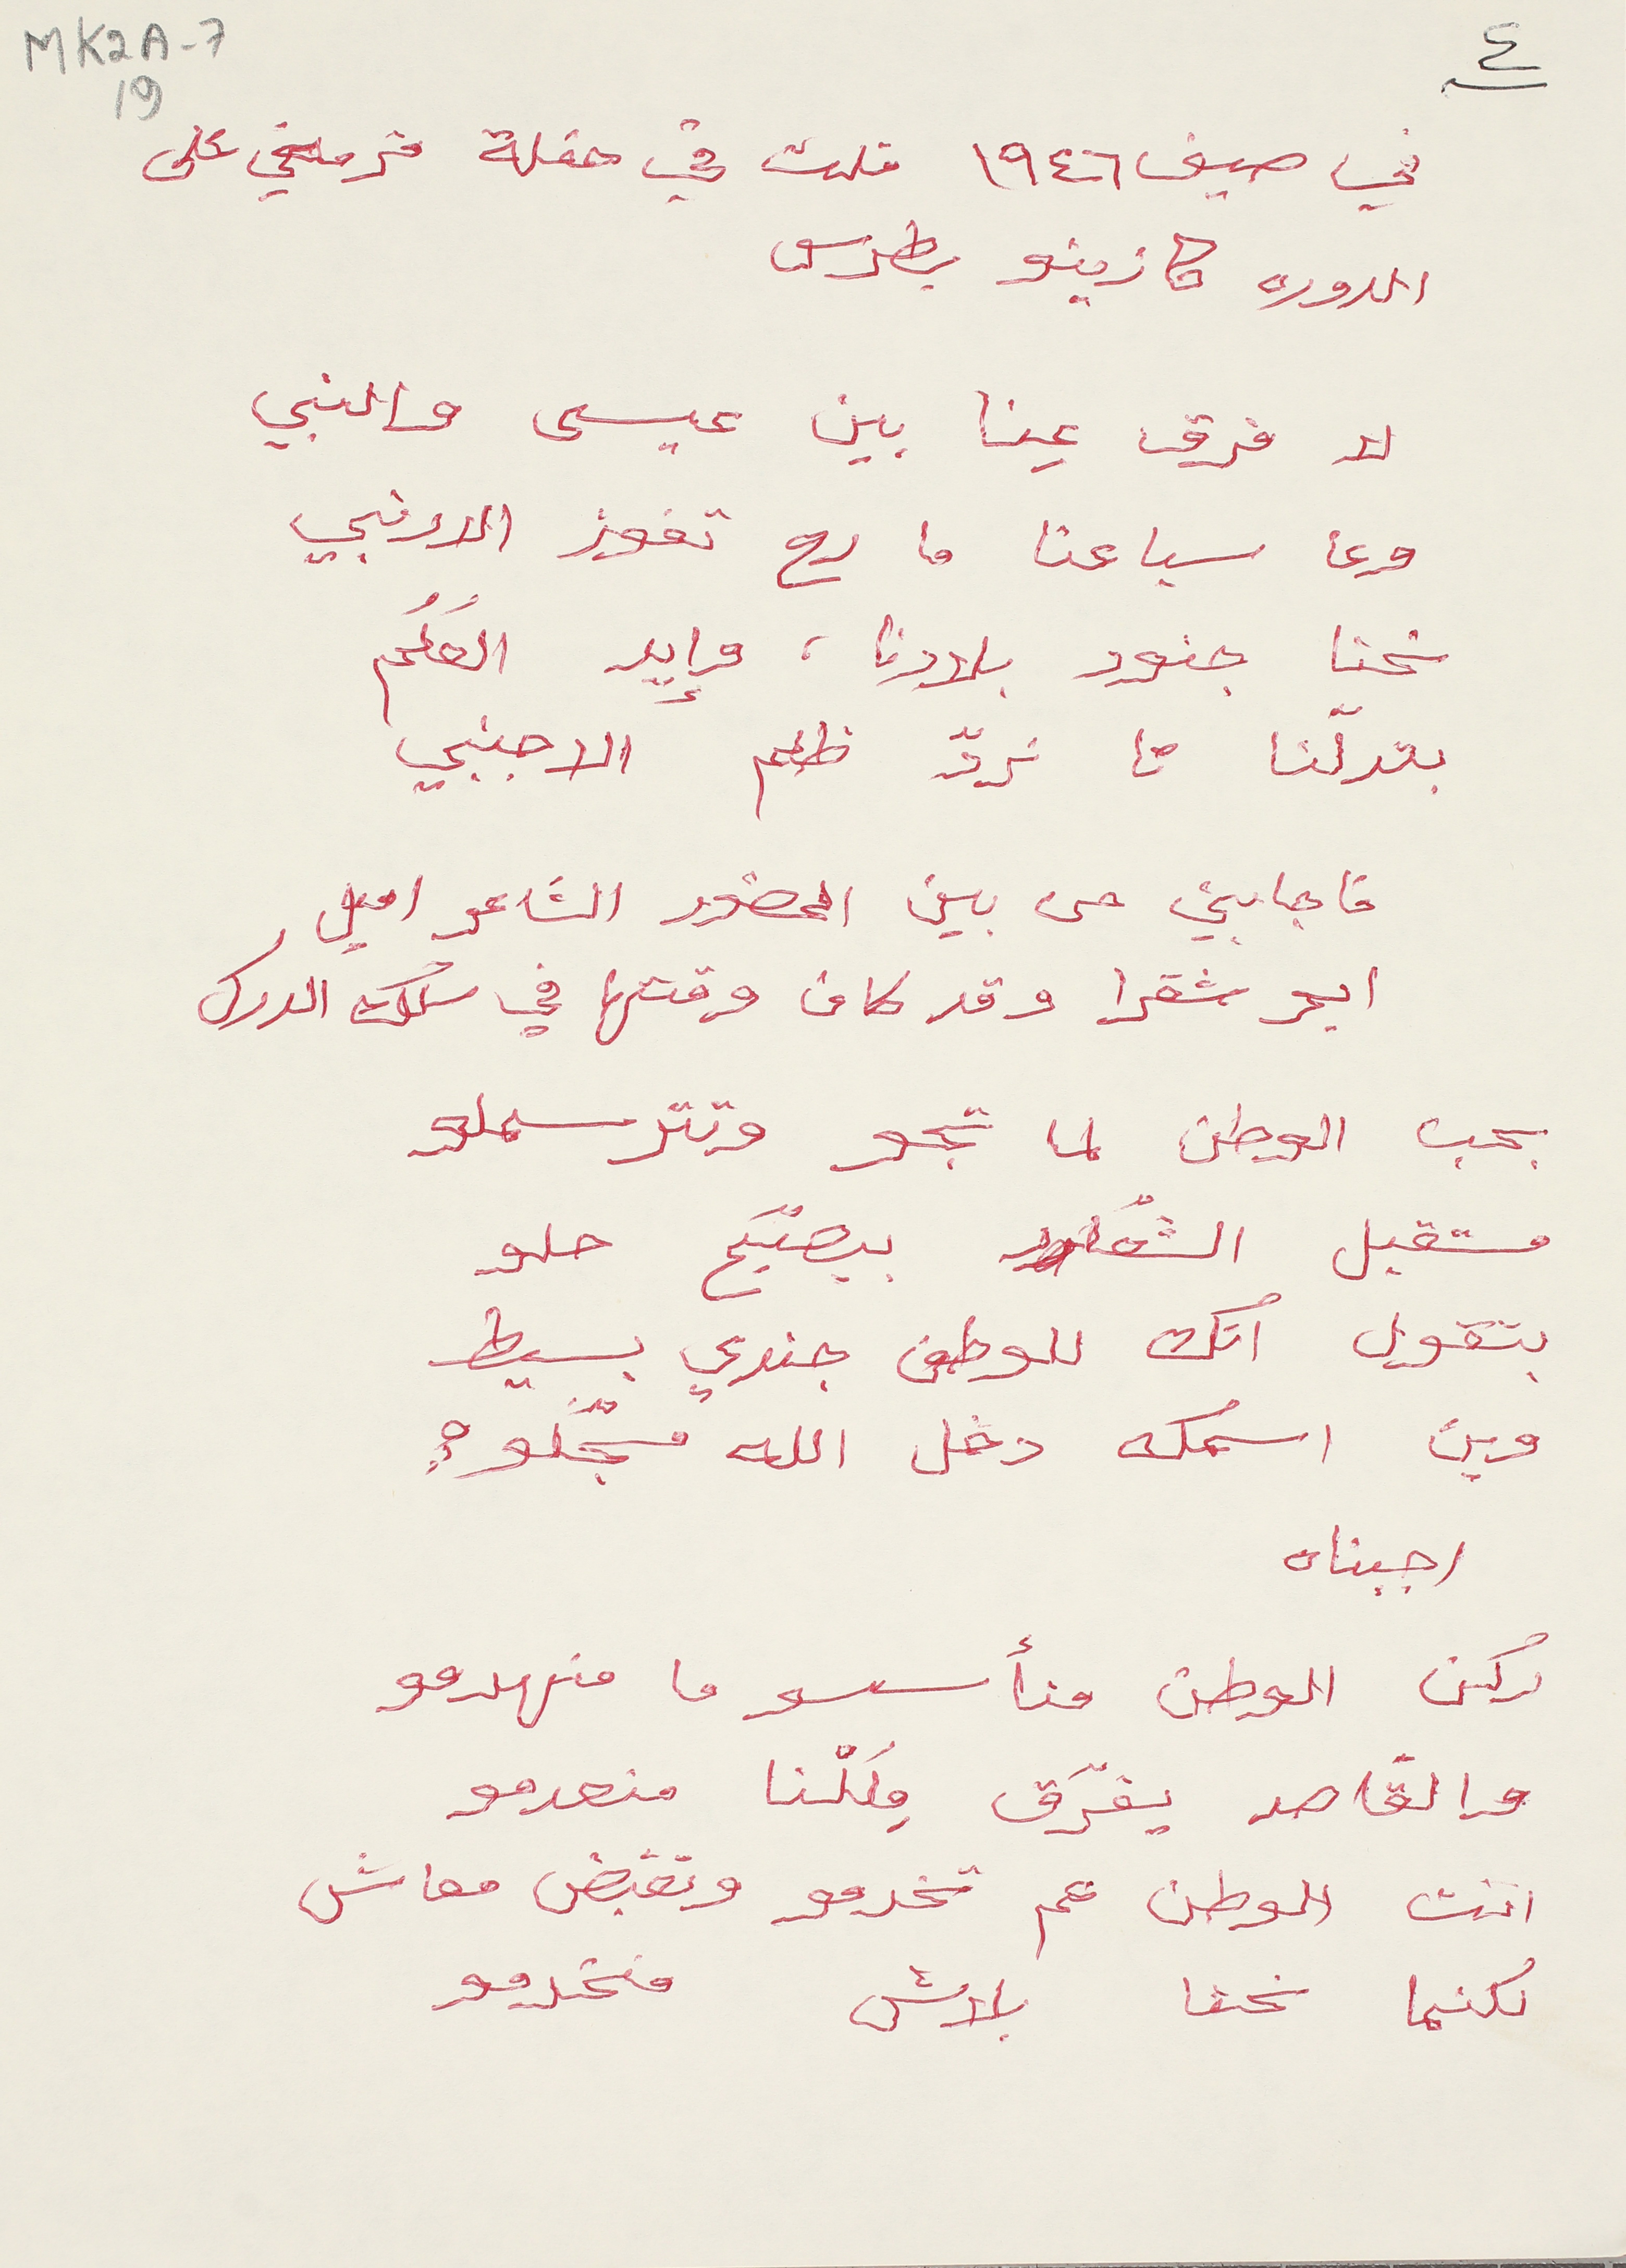
MK2A-7 19
في صيف ١٩٤٦ قلت في حفلة فرقتي على
الدوره كازينو بطرس
لا فرق عِنا بين عيسى والنبي
وعا سباعنا ما رح تفوز الارنبي
نحنا جنود بلادنا، وإيد العَلَم
بعدلَنا تا نردّ ظلم الاجنبي
فاجابني من بين الحضور الشاعر اميل
ابو شقرا وقد كان وقتها في سلك الدرك
بحب الوطن لما تجو وتترسملو
مستقبل الشعر بيصبّح حلو
بتقول انك للوطن جندي بسيط
وين اسمك دخل الله مسجّلو؟
اجبناه
ركن الوطن منأسسو ما منهدمو
والقاصد يفرّق مِلكنا منعدمو
انت الوطن عم تخدمو وتقبض معاش
لكنما نحنا بلاش منخدمو
٤